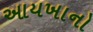
આયખાનો